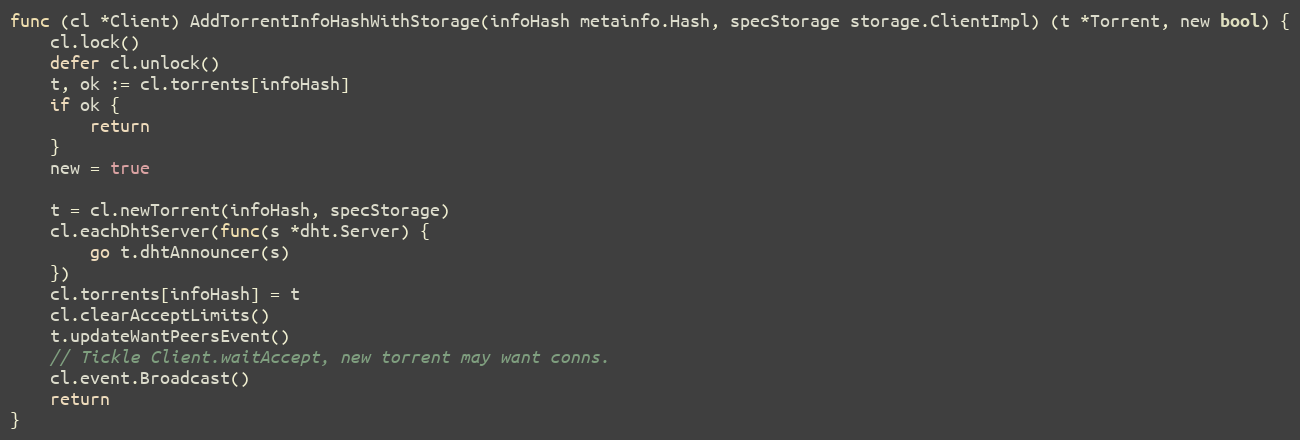
Language: Go
func (cl *Client) AddTorrentInfoHashWithStorage(infoHash metainfo.Hash, specStorage storage.ClientImpl) (t *Torrent, new bool) {
	cl.lock()
	defer cl.unlock()
	t, ok := cl.torrents[infoHash]
	if ok {
		return
	}
	new = true

	t = cl.newTorrent(infoHash, specStorage)
	cl.eachDhtServer(func(s *dht.Server) {
		go t.dhtAnnouncer(s)
	})
	cl.torrents[infoHash] = t
	cl.clearAcceptLimits()
	t.updateWantPeersEvent()
	// Tickle Client.waitAccept, new torrent may want conns.
	cl.event.Broadcast()
	return
}